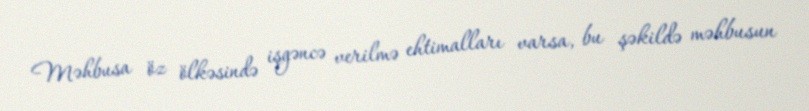
Məhbusa öz ölkəsində işgəncə verilmə ehtimalları varsa, bu şəkildə məhbusun